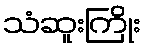
သံဆူးကြိုး